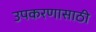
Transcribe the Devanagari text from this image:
उपकरणासाठी